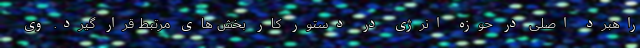
راهبرد اصلی در حوزه انرژی در دستور کار بخش های مرتبط قرار گیرد. وی